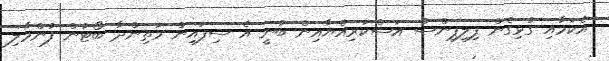
އެކަމާއި ގުޅިގެން ފިލިޕިންސް އަސްކަރިއްޔާއިން ބުނީ އެ ސިފައިން މަތިންދާ ބޯޓުން ފުންމާލި